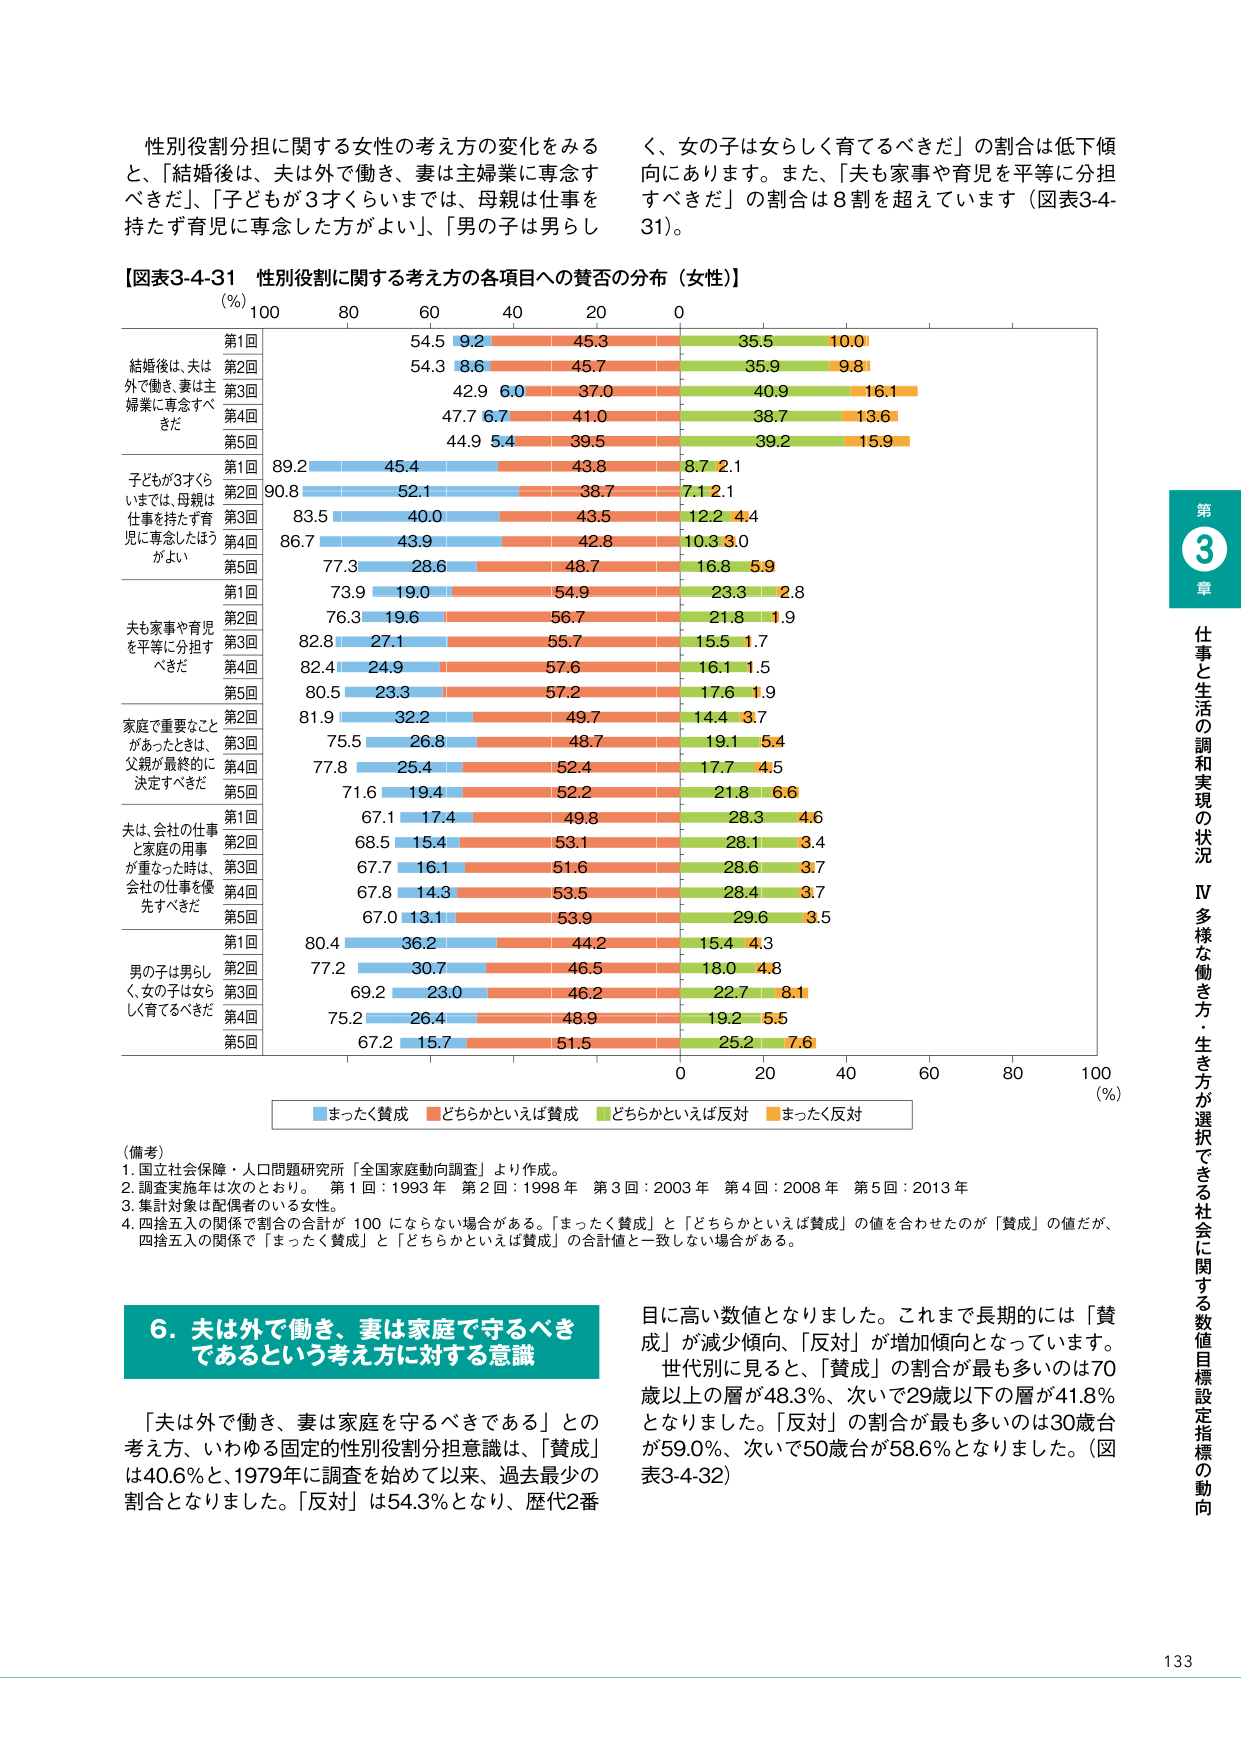
性別役割分担に関する女性の考え方の変化をみる
と、「結婚後は、夫は外で働き、妻は主婦業に専念すべきだ」、「子どもが3才くらいまでは、母親は仕事を持たず育児に専念した方がよい」、「男の子は男らしく、女の子は女らしく育てるべきだ」の割合は低下傾向にあります。また、「夫も家事や育児を平等に分担すべきだ」の割合は8割を超えています（図表3-4-31）。

【図表3-4-31 性別役割に関する考え方の各項目への賛否の分布（女性）】
（％）
100　80　60　40　20　0

第1回
結婚後は、夫は
外で働き、妻は主
婦業に専念すべ
きだ
54.5　9.2　45.3　35.5　10.0
第2回
54.3　8.6　45.7　35.9　9.8
第3回
42.9　6.0　37.0　40.9　16.1
第4回
47.7　6.7　41.0　38.7　13.6
第5回
44.9　5.4　39.5　39.2　15.9

子どもが3才くら
いまでは、母親は
仕事を持たず育
児に専念した方が
よい
第1回　89.2　45.4　43.8　8.7　2.1
第2回　90.8　52.1　38.7　7.1　2.1
第3回　83.5　40.0　43.5　12.2　4.4
第4回　86.7　43.9　42.8　10.3　3.0
第5回　77.3　28.6　48.7　16.8　5.9

夫も家事や育児
を平等に分担す
べきだ
第1回　73.9　19.0　54.9　23.3　2.8
第2回　76.3　19.6　56.7　21.8　1.9
第3回　82.8　27.1　55.7　15.5　1.7
第4回　82.4　24.9　57.6　16.1　1.5
第5回　80.5　23.3　57.2　17.6　1.9

家庭で重要なこと
があったときは、
父親が最終的に
決定すべきだ
第2回　81.9　32.2　49.7　14.4　3.7
第3回　75.5　26.8　48.7　19.1　5.4
第4回　77.8　25.4　52.4　17.7　4.5
第5回　71.6　19.4　52.2　21.8　6.6

夫は、会社の仕事
と家庭の用事
が重なった時は、
会社の仕事は優
先すべきだ
第1回　67.1　17.4　49.8　28.3　4.6
第2回　68.5　15.4　53.1　28.1　3.4
第3回　67.7　16.1　51.6　28.6　3.7
第4回　67.8　14.3　53.5　28.4　3.7
第5回　67.0　13.1　53.9　29.6　3.5

男の子は男らしく、女の子は女らしく育てるべきだ
第1回　80.4　36.2　44.2　15.4　4.3
第2回　77.2　30.7　46.5　18.0　4.8
第3回　69.2　23.0　46.2　22.7　8.1
第4回　75.2　26.4　48.9　19.2　5.5
第5回　67.2　15.7　51.5　25.2　7.6

0　20　40　60　80　100
（％）

■まったく賛成　■どちらかといえば賛成　■どちらかといえば反対　■まったく反対

（備考）
1. 国立社会保障・人口問題研究所「全国家庭動向調査」より作成。
2. 調査実施年は次のとおり。 第1回：1993年 第2回：1998年 第3回：2003年 第4回：2008年 第5回：2013年
3. 集計対象は配偶者のいる女性。
4. 四捨五入の関係で割合の合計が100にならない場合がある。「まったく賛成」と「どちらかといえば賛成」の値を合わせたのが「賛成」の値だが、四捨五入の関係で「まったく賛成」と「どちらかといえば賛成」の合計値と一致しない場合がある。

6. 夫は外で働き、妻は家庭で守るべきであるという考え方に対する意識

「夫は外で働き、妻は家庭を守るべきである」との考え方、いわゆる固定的性別役割分担意識は、「賛成」は40.6％と、1979年に調査を始めて以来、過去最少の割合となりました。「反対」は54.3％となり、歴代2番目に高い数値となりました。これまで長期的には「賛成」が減少傾向、「反対」が増加傾向となっています。世代別に見ると、「賛成」の割合が最も多いのは70歳以上の層が48.3％、次いで29歳以下の層が41.8％となりました。「反対」の割合が最も多いのは30歳台が59.0％、次いで50歳台が58.6％となりました。（図表3-4-32）

第3章
仕事と生活の調和実現の状況
Ⅳ 多様な働き方・生き方が選択できる社会に関する数値目標設定指標の動向

133